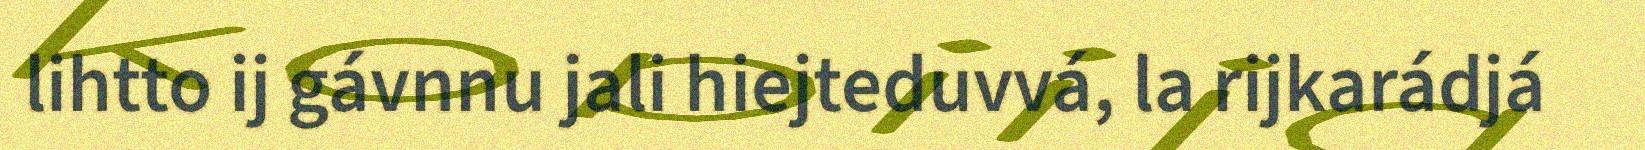
lihtto ij gávnnu jali hiejteduvvá, la rijkarádjá